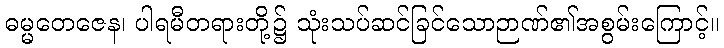
ဓမ္မတေဇေန၊ ပါရမီတရားတို့၌ သုံးသပ်ဆင်ခြင်သောဉာဏ်၏အစွမ်းကြောင့်။